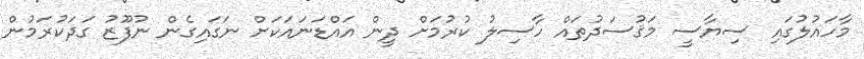
މާހައުލުގައި ސިޔާސީ މަޤުސަދުތައް ހާސިލު ކުރުމަށް ދީން އައްޑަނައަކަށް ނަގައިގެން ނުފޫޒު ގަދަކުރަމުން